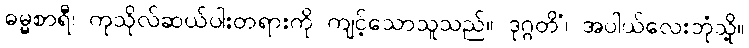
ဓမ္မစာရီ၊ ကုသိုလ်ဆယ်ပါးတရားကို ကျင့်သောသူသည်။ ဒုဂ္ဂတိံ၊ အပါယ်လေးဘုံသို့။